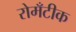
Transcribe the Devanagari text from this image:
रोमँटीक